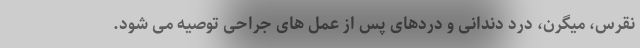
نقرس، میگرن، درد دندانی و دردهای پس از عمل های جراحی توصیه می شود.